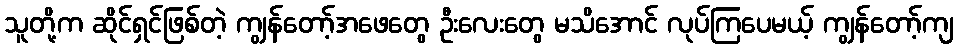
သူတို့က ဆိုင်ရှင်ဖြစ်တဲ့ ကျွန်တော့်အဖေတွေ ဦးလေးတွေ မသိအောင် လုပ်ကြပေမယ့် ကျွန်တော့်ကျ